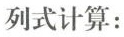
列式计算：